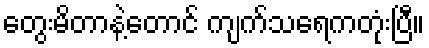
တွေးမိတာနဲ့တောင် ကျက်သရေကတုံးပြီ။